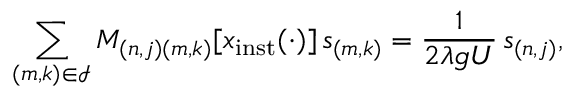
\sum _ { ( m , k ) \in \mathcal { I } } M _ { ( n , j ) ( m , k ) } \lbrack x _ { \mathrm { i n s t } } ( \cdot ) \rbrack \, s _ { ( m , k ) } = \frac { 1 } { 2 \lambda g U } \, s _ { ( n , j ) } ,